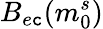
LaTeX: B_{e\mathtt{c}}(m_{0}^{s})